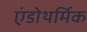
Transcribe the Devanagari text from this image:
एंडोथर्मिक